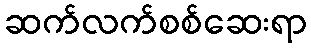
ဆက်လက်စစ်ဆေးရာ